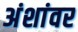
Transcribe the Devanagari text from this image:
अंशांवर